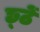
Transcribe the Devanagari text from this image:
छ्ठें